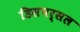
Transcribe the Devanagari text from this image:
डिसपर्सल